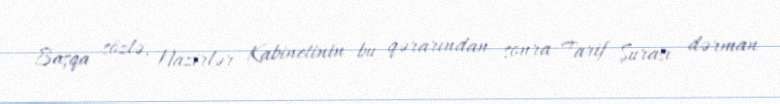
Başqa sözlə, Nazirlər Kabinetinin bu qərarından sonra Tarif Şurası dərman